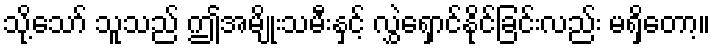
သို့သော် သူသည် ဤအမျိုးသမီးနှင့် လွှဲရှောင်နိုင်ခြင်းလည်း မရှိတော့။